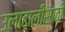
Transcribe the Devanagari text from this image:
उलाढालींसाठी